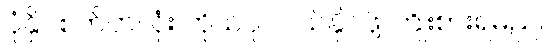
ပုံနှိပ်စက်တလုံး ကိုယ်ပိုင်ဝယ်နိုင်ဖို့ ကြိုးစားရမည်။